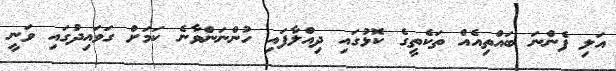
އަލި ފެންނަ ބައްތިއެއް ތަކެތީގެ ކޮޅުގައި ދިއްލާފައި ހުންނަންވާނެ ކަމަށް ގަވައިދުގައި ވަނީ